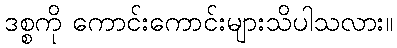
ဒစ္စကို ကောင်းကောင်းများသိပါသလား။